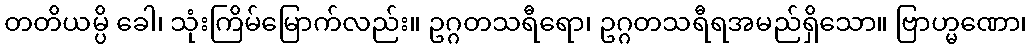
တတိယမ္ပိ ခေါ၊ သုံးကြိမ်မြောက်လည်း။ ဥဂ္ဂတသရီရော၊ ဥဂ္ဂတသရီရအမည်ရှိသော။ ဗြာဟ္မဏော၊